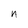
Character: n